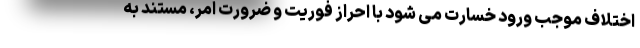
اختلاف موجب ورود خسارت می شود با احراز فوریت و ضرورت امر، مستند به